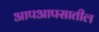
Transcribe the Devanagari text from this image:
आपआपसातील